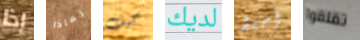
إذا لماذا كيف لديك أحفظ تقلقوا